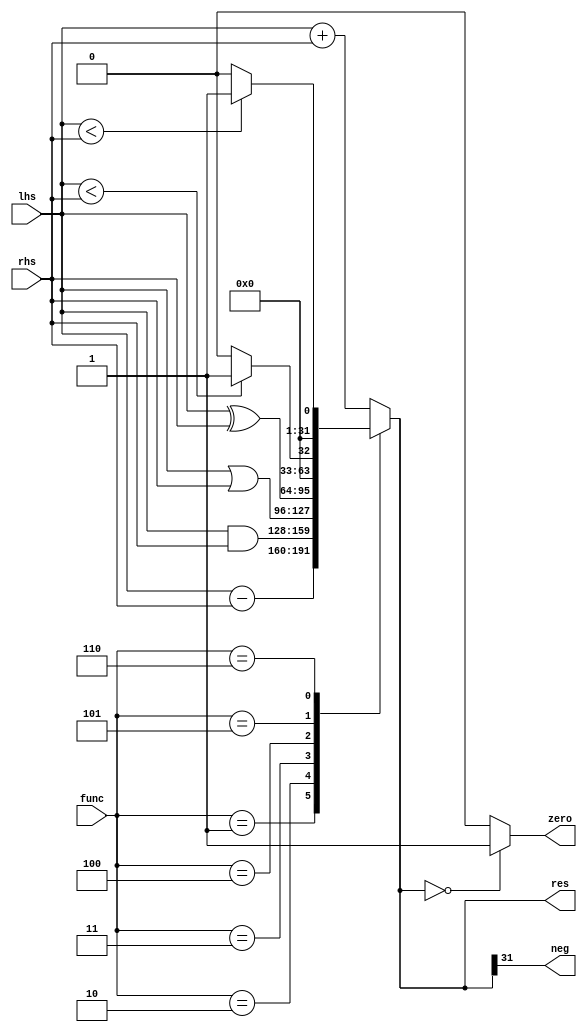
`define ADD_FUNC 3'b000
`define SUB_FUNC 3'b001
`define AND_FUNC 3'b010
`define OR_FUNC 3'b011
`define XOR_FUNC 3'b100
`define SLT_FUNC 3'b101
`define SLTU_FUNC 3'b110

module ALU(
    lhs, rhs, func,
    res, zero, neg
);
    input [31:0] lhs;
    input [31:0] rhs;
    input [2:0] func;

    output zero, neg;
    output [31:0] res;

    reg [31:0] res = 32'b0;

    assign zero = (res == 32'b0) ? 1'b1 : 1'b0;
    assign neg = res[31];

    always @(lhs, rhs, func) begin
        case (func)
            `ADD_FUNC: res = lhs + rhs;
            `SUB_FUNC: res = lhs - rhs;
            `AND_FUNC: res = lhs & rhs;
            `OR_FUNC: res = lhs | rhs;
            `XOR_FUNC: res = lhs ^ rhs;
            `SLT_FUNC: res = ($signed(lhs) < $signed(rhs)) ? 32'b1 : 32'b0;
            `SLTU_FUNC: res = (lhs < rhs) ? 32'b1 : 32'b0;
            default: res = lhs + rhs;
        endcase
    end
endmodule